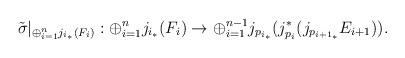
\begin{align*}\tilde{\sigma}|_{\oplus_{i=1}^n j_{i_*}(F_i)} : \oplus_{i=1}^n j_{i_*}(F_i) \rightarrow \oplus_{i=1}^{n-1} j_{p_{i_*}}(j_{p_i}^*(j_{p_{{i+1}_*}}E_{i+1})).\end{align*}